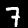
Label: 7